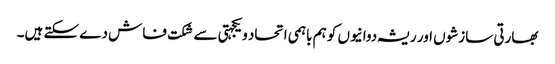
بھارتی سازشوں اور ریشہ دوانیوں کو ہم باہمی اتحاد ویکجہتی سے شکت فاش دے سکتے ہیں۔